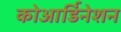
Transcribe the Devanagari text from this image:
कोआर्डिनेशन